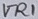
Text: VR1